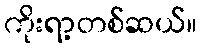
ကိုးရာ့တစ်ဆယ်။